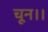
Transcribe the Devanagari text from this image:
चून।।